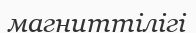
магниттілігі